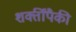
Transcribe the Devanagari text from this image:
शक्तींपैकी